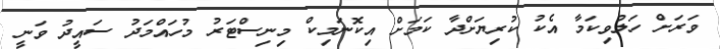
ވަރަށް ހަލުވިކަމާ އެކު ކުރިޔަށްދާ ކަމަށް އިކޮނަމިކް މިނިސްޓަރު މުހައްމަދު ސައީދު ވަނީ